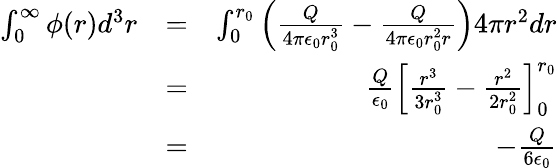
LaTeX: \begin{array}{rlr}{\int_{0}^{\infty}\phi(r)d^{3}r}&{=}&{\int_{0}^{r_{0}}\left(\frac{Q}{4\pi\epsilon_{0}r_{0}^{3}}-\frac{Q}{4\pi\epsilon_{0}r_{0}^{2}r}\right)4\pi r^{2}dr}\\ &{=}&{\frac{Q}{\epsilon_{0}}\left[\frac{r^{3}}{3r_{0}^{3}}-\frac{r^{2}}{2r_{0}^{2}}\right]_{0}^{r_{0}}}\\ &{=}&{-\frac{Q}{6\epsilon_{0}}}\end{array}